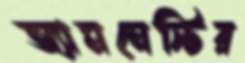
অ্যামনেস্টির